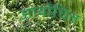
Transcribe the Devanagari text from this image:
आर्योचित